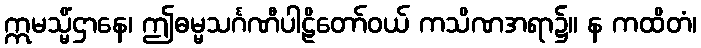
ဣမသ္မိံဌာနေ၊ ဤဓမ္မသင်္ဂဏီပါဠိတော်ဝယ် ကသိဏအရာ၌။ န ကထိတံ၊